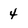
Character: 4